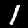
Label: 1